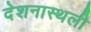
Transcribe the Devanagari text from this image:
देशनास्थली